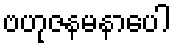
ဗဟုဇနမနာပေါ